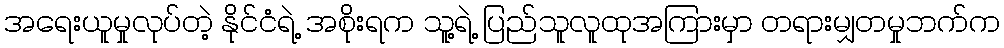
အရေးယူမှုလုပ်တဲ့ နိုင်ငံရဲ့ အစိုးရက သူ့ရဲ့ ပြည်သူလူထုအကြားမှာ တရားမျှတမှုဘက်က